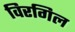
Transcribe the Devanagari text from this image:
विरगिल